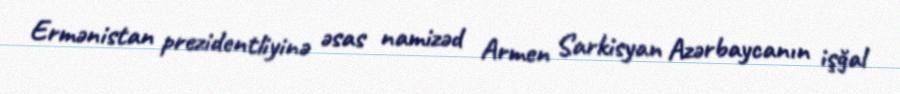
Ermənistan prezidentliyinə əsas namizəd Armen Sarkisyan Azərbaycanın işğal